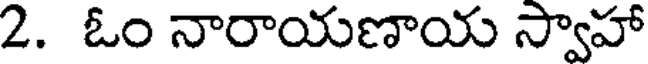
2. ఓం నారాయణాయ స్వాహా